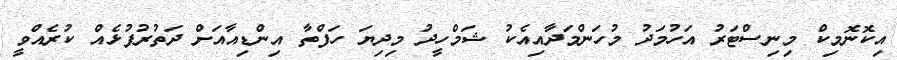
އިކޮނޮމިކް މިނިސްޓަރު އަހުމަދު މުހަންމަދާއިއެކު ޝަމްހީދު މިދިޔަ ހަފްތާ އިންޑިއާއަށް ދަތުރުފުޅެއް ކުރެއްވީ